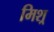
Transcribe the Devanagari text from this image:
मिश्र्